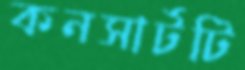
কনসার্টটি